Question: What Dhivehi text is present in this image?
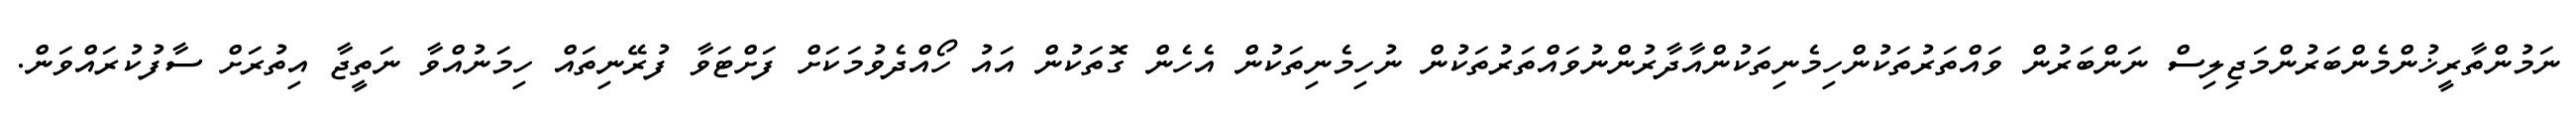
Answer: ނަމުންތާރީޚުންމެންބަރުންމަޖިލިސް ނަންބަރުން ވައްތަރުތަކުންހިމެނިތަކުންއާދާރުންނުވައްތަރުތަކުން ނުހިމެނިތަކުން އެހެން ގޮތަކުން އައު ހޯއްދެވުމަކަށް ފަށްޓަވާ ފުރޭނިތައް ހިމަނުއްވާ ނަތީޖާ އިތުރަށް ސާފުކުރައްވަން.